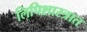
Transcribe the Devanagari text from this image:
लिपिशास्त्रात